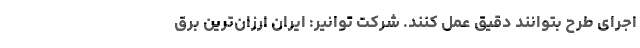
اجرای طرح بتوانند دقیق عمل کنند. شرکت توانیر: ایران ارزان‌ترین برق